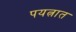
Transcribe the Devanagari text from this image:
पयत्नात